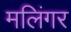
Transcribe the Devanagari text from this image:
मलिंगर